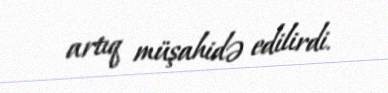
artıq müşahidə edilirdi.